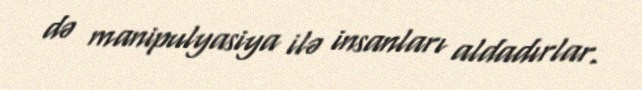
də manipulyasiya ilə insanları aldadırlar.